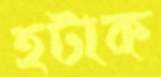
হটাক